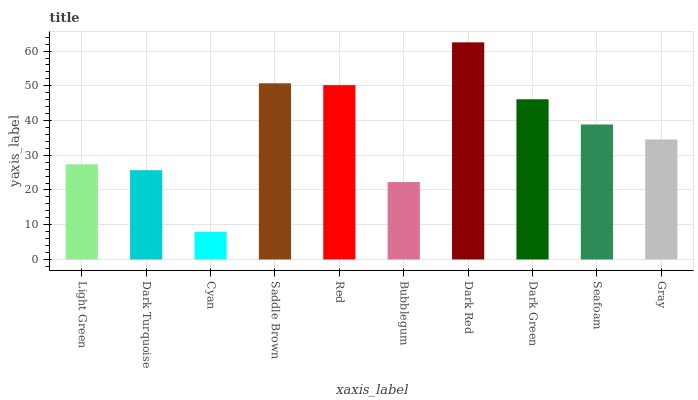
| xaxis_label | bars |
 | --- | --- |
 | Light Green | 27.4 |
 | Dark Turquoise | 25.7 |
 | Cyan | 7.97 |
 | Saddle Brown | 50.7 |
 | Red | 50.2 |
 | Bubblegum | 22.3 |
 | Dark Red | 62.5 |
 | Dark Green | 46.1 |
 | Seafoam | 38.9 |
 | Gray | 34.5 |